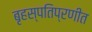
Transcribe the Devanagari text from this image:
बृहस्पतिप्रणीत